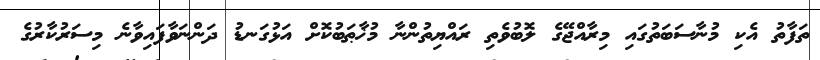
ތަފާތު އެކި މުނާސަބަތުގައި މިރާއްޖޭގެ ލޮބުވެތި ރައްޔިތުންނާ މުޚާޠަބުކޮށް އަޅުގަނޑު ދަންނަވާފައިވާނެ މިސަރުކާރުގެ